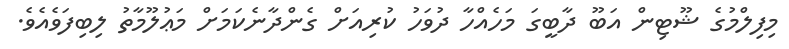
މިފިލްމުގެ ޝޫޓިން އަބޫ ދާބީގަ މަހެއްހާ ދުވަހު ކުރިއަށް ގެންދާނެކަމަށް މަޢުލޫމާތު ލިބިފަވެއެވެ.